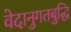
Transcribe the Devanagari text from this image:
वेदानुगतबुद्धि